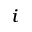
_ i